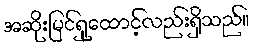
အဆိုးမြင်ရှုထောင့်လည်းရှိသည်။